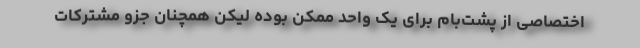
اختصاصی از پشت‌بام برای یک واحد ممکن بوده لیکن همچنان جزو مشترکات